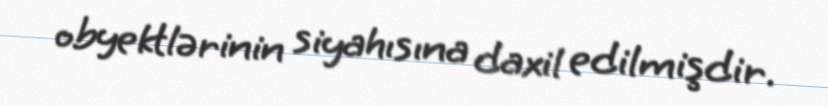
obyektlərinin siyahısına daxil edilmişdir.